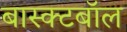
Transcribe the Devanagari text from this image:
बास्क्टबॉल